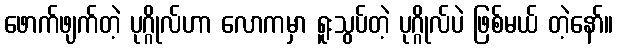
ဖောက်ဖျက်တဲ့ ပုဂ္ဂိုလ်ဟာ လောကမှာ ရူးသွပ်တဲ့ ပုဂ္ဂိုလ်ပဲ ဖြစ်မယ် တဲ့နော်။